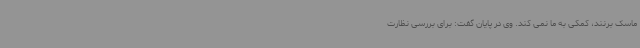
ماسک برنند، کمکی به ما نمی کند. وی در پایان گفت: برای بررسی نظارت